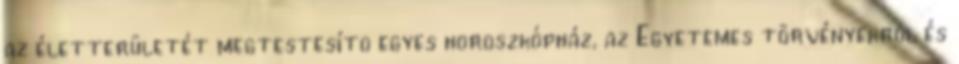
az életterületét megtestesítõ egyes horoszkópház, az Egyetemes törvényekrõl és